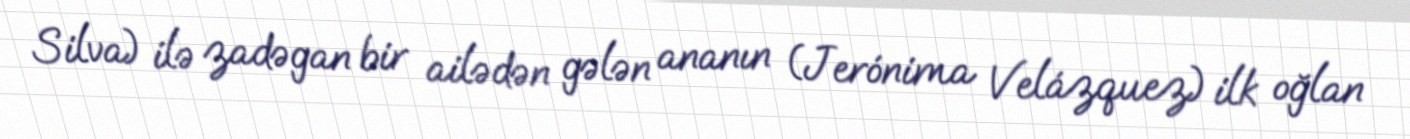
Silva) ilə zadəgan bir ailədən gələn ananın (Jerónima Velázquez) ilk oğlan